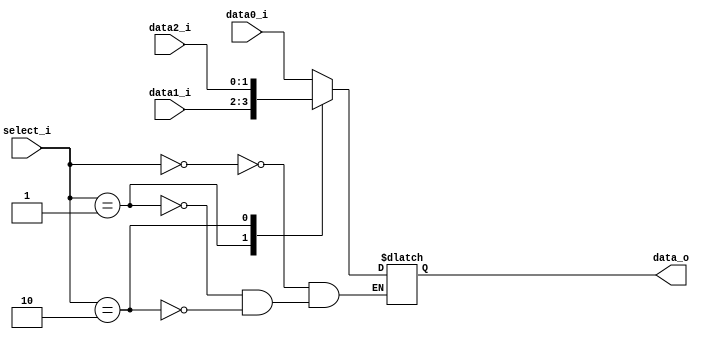
//Subject:     CO project 2 - MUX 221
//--------------------------------------------------------------------------------
//Version:     1
//--------------------------------------------------------------------------------
//Writer:       0516215 ???
//----------------------------------------------
//Date:        
//----------------------------------------------
//Description: 
//--------------------------------------------------------------------------------
     
module MUX_3to1(
               data0_i,
               data1_i,
               data2_i,
               select_i,
               data_o
               );

parameter size = 0;			   
			
//I/O ports               
input   [size-1:0] data0_i;          
input   [size-1:0] data1_i;
input   [size-1:0] data2_i;
input   [1:0]      select_i;
output  [size-1:0] data_o; 

//Internal Signals
reg     [size-1:0] data_o;

//Main function
always @(*)begin
	case(select_i)
		2'b00: 	data_o <= data0_i;
		2'b01:	data_o <= data1_i;
        2'b10:	data_o <= data2_i;
	endcase
end
endmodule